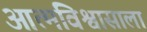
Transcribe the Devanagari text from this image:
आत्मविश्वासाला